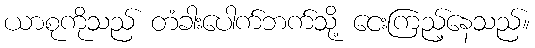
ယာစုကိုသည် တံခါးပေါက်ဘက်သို့ ငေးကြည့်နေသည်။